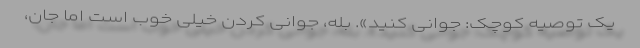
یک توصیه کوچک: جوانی کنید». بله، جوانی کردن خیلی خوب است اما جان،